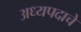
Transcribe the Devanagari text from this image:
अध्यपदाचे